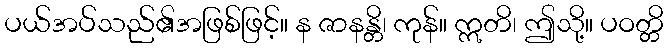
ပယ်အပ်သည်၏အဖြစ်ဖြင့်။ န ဇာနန္တိ၊ ကုန်။ ဣတိ၊ ဤသို့။ ပဝတ္တိ